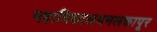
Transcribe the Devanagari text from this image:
महाविद्यालयमलकापूर